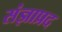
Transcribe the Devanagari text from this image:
संज्ञाप्रद